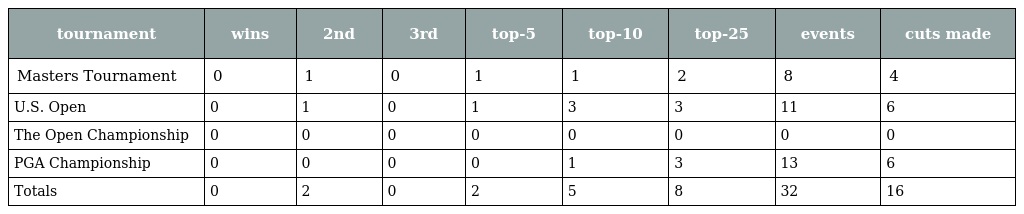
| tournament | wins | 2nd | 3rd | top-5 | top-10 | top-25 | events | cuts made |
 | --- | --- | --- | --- | --- | --- | --- | --- | --- |
 | Masters Tournament | 0 | 1 | 0 | 1 | 1 | 2 | 8 | 4 |
 | U.S. Open | 0 | 1 | 0 | 1 | 3 | 3 | 11 | 6 |
 | The Open Championship | 0 | 0 | 0 | 0 | 0 | 0 | 0 | 0 |
 | PGA Championship | 0 | 0 | 0 | 0 | 1 | 3 | 13 | 6 |
 | Totals | 0 | 2 | 0 | 2 | 5 | 8 | 32 | 16 |